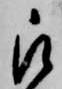
被